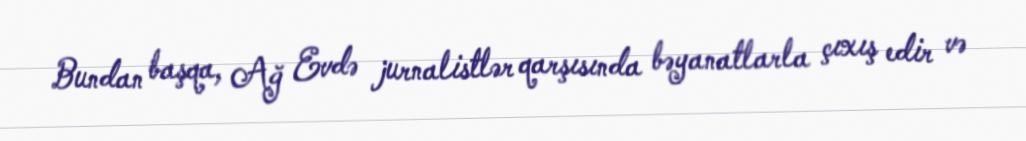
Bundan başqa, Ağ Evdə jurnalistlər qarşısında bəyanatlarla çıxış edir və